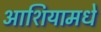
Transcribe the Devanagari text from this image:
आशियामधे